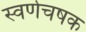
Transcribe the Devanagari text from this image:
स्वर्णचषक